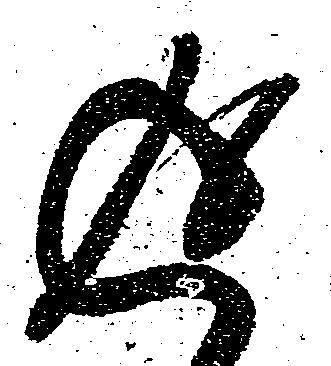
返